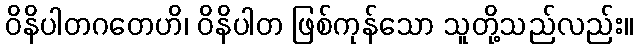
ဝိနိပါတဂတေဟိ၊ ဝိနိပါတ ဖြစ်ကုန်သော သူတို့သည်လည်း။